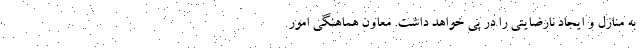
به منازل و ایجاد نارضایتی را در پی خواهد داشت. معاون هماهنگی امور